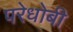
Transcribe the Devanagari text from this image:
परेधोबी